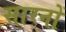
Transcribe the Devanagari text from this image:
सारनों